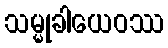
သမ္မုခါယေဝဿ